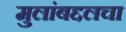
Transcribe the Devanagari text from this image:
मुलांबद्दलचा